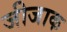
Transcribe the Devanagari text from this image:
जीजाक